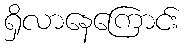
ရှိလာနေကြောင်း